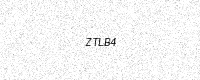
Text: ZTLB4